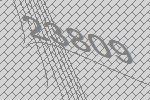
23809